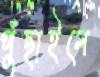
পুঁছাইলে